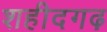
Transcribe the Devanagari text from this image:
शहीदगढ़